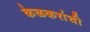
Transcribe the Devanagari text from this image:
केळकरांची